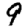
Digit: 9